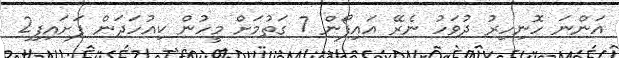
އަންނަ ހޮނިހިރު ދުވަހު ނެރޭ އައިފޯން 7 ގަތުމަށް މީހުން ކިއުހަދަން ފަށައިފި2